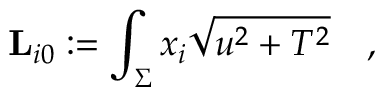
{ \bf L } _ { i 0 } : = \int _ { \Sigma } x _ { i } \sqrt { u ^ { 2 } + T ^ { 2 } } \quad ,